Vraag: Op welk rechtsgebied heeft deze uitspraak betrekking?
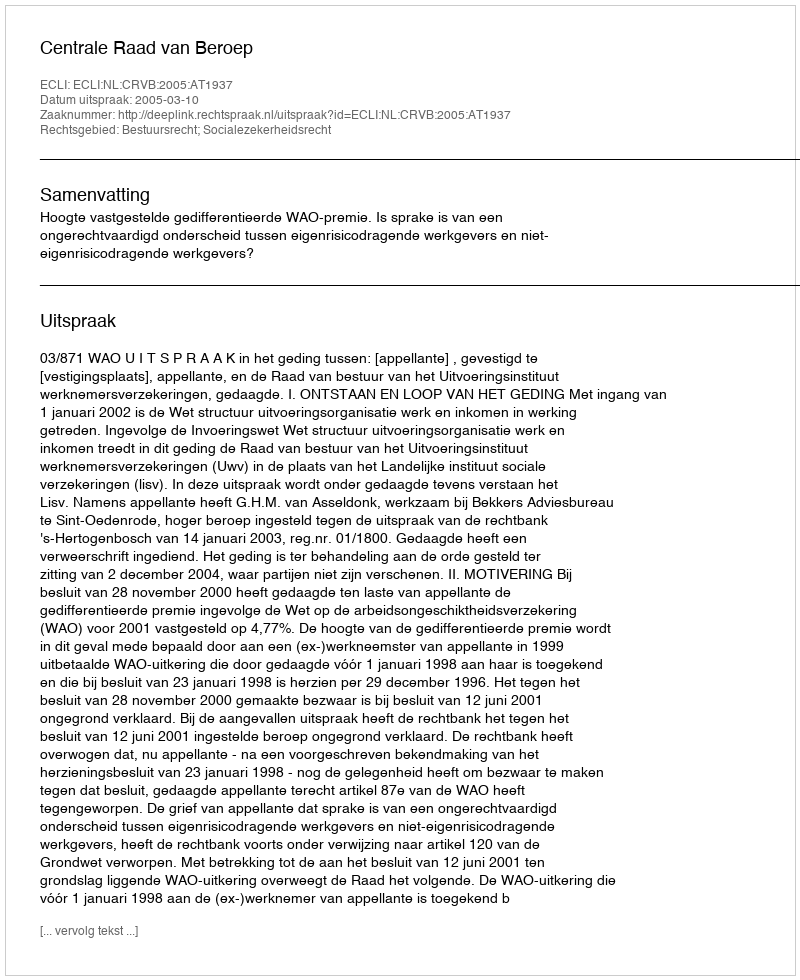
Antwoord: Bestuursrecht; Socialezekerheidsrecht